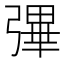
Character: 彃